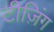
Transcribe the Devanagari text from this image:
टीज़िंग